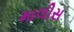
માલીસ